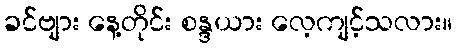
ခင်ဗျား နေ့တိုင်း စန္ဒယား လေ့ကျင့်သလား။